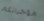
مؤخراتكم